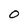
Character: 0